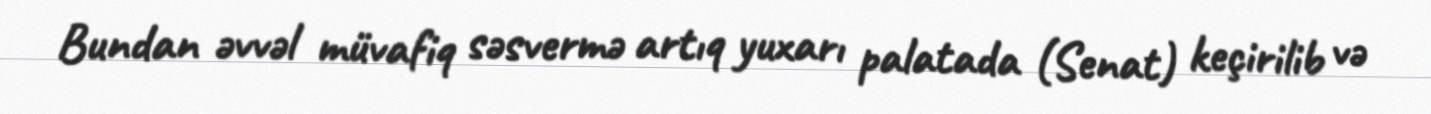
Bundan əvvəl müvafiq səsvermə artıq yuxarı palatada (Senat) keçirilib və